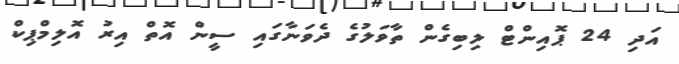
އަދި 24 ޕޮއިންޓް ލިބިގެން ތާވަލުގެ ދެވަނާގައި ސީން އޮތް އިރު އޮލިމްޕިކް